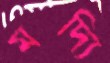
মদ্যি